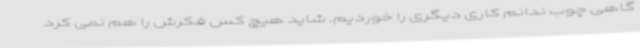
گاهی چوب ندانم کاری دیگری را خوردیم. شاید هیچ کس فکرش را هم نمی کرد